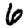
Digit: 6